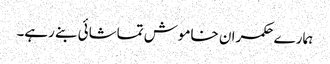
ہمارے حکمران خاموش تماشائی بنے رہے۔